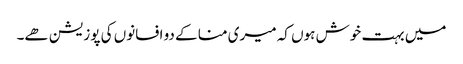
میں بہت خوش ہوں کہ میری منا کے دو افسانوں کی پوزیشن ھے۔